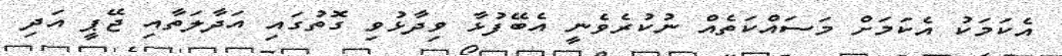
އެކަމަކު އެކަމަށް މަސައްކަތެއް ނުކުރެވެނީ އެބޭފުޅާ ވިދާޅުވި ގޮތުގައި އަދާލަތާއި ޖޭޕީ އަދި